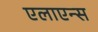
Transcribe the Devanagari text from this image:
एलाएन्स